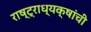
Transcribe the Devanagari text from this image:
राष्ट्राध्यक्षांची